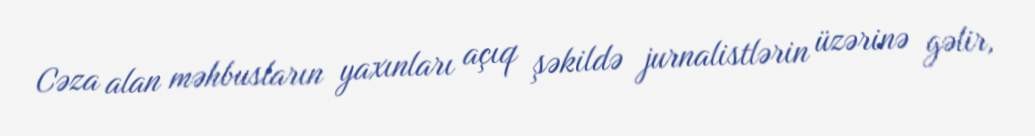
Cəza alan məhbusların yaxınları açıq şəkildə jurnalistlərin üzərinə gəlir,